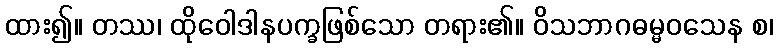
ထား၍။ တဿ၊ ထိုဝေါဒါနပက္ခဖြစ်သော တရား၏။ ဝိသဘာဂဓမ္မဝသေန စ၊